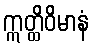
ဣတ္ထိဝိမာနံ